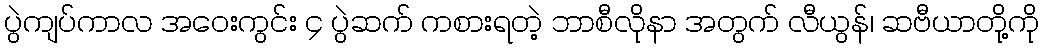
ပွဲကျပ်ကာလ အဝေးကွင်း ၄ ပွဲဆက် ကစားရတဲ့ ဘာစီလိုနာ အတွက် လီယွန်၊ ဆဗီယာတို့ကို